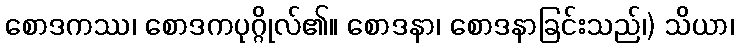
စောဒကဿ၊ စောဒကပုဂ္ဂိုလ်၏။ စောဒနာ၊ စောဒနာခြင်းသည်၊) သိယာ၊